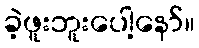
ခဲ့ဖူးဘူးပေါ့နော်။